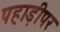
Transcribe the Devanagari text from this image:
पहाड़ीपर